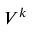
\smash { \boldsymbol { V } ^ { k } }